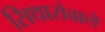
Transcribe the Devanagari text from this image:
सिथारोवाले